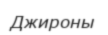
Джироны